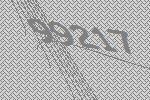
99217